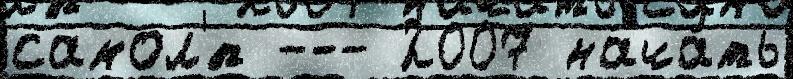
самол'́т --- 2007 нача́ть